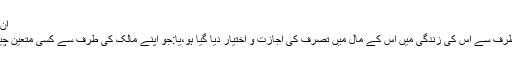
ان چاروں کی مختصر اً وضاحت درجِ ذیل ہے:
وکیل(Agent): وہ شخص جسے مالک کی طرف سے اُس کی زندگی میں اُس کے مال میں تصرّف کی اجازت و اختیار دیا گیا ہو،یا:جو اپنے مالک کی طرف سے کسی متعین چیز کی خریداری یا فروخت کے لئے مقرر ہو۔